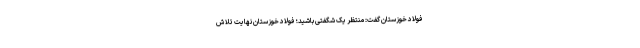
فولاد خوزستان گفت: منتظر یک شگفتی باشید؛ فولاد خوزستان نهایت تلاش